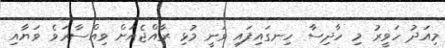
މިއަދު ހަވީރު މި ހާދިސާ ހިނގައިފައި ވަނީ މުޅި ރާއްޖެއަށް ވިއްސާރަވެ ވަޔާއި